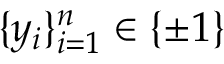
\{ y _ { i } \} _ { i = 1 } ^ { n } \in \{ \pm 1 \}